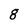
Character: g